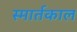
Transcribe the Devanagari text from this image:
स्मार्तकाल